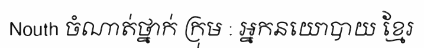
Nouth ចំណាត់ថ្នាក់ ក្រុម : អ្នកនយោបាយ ខ្មែរ